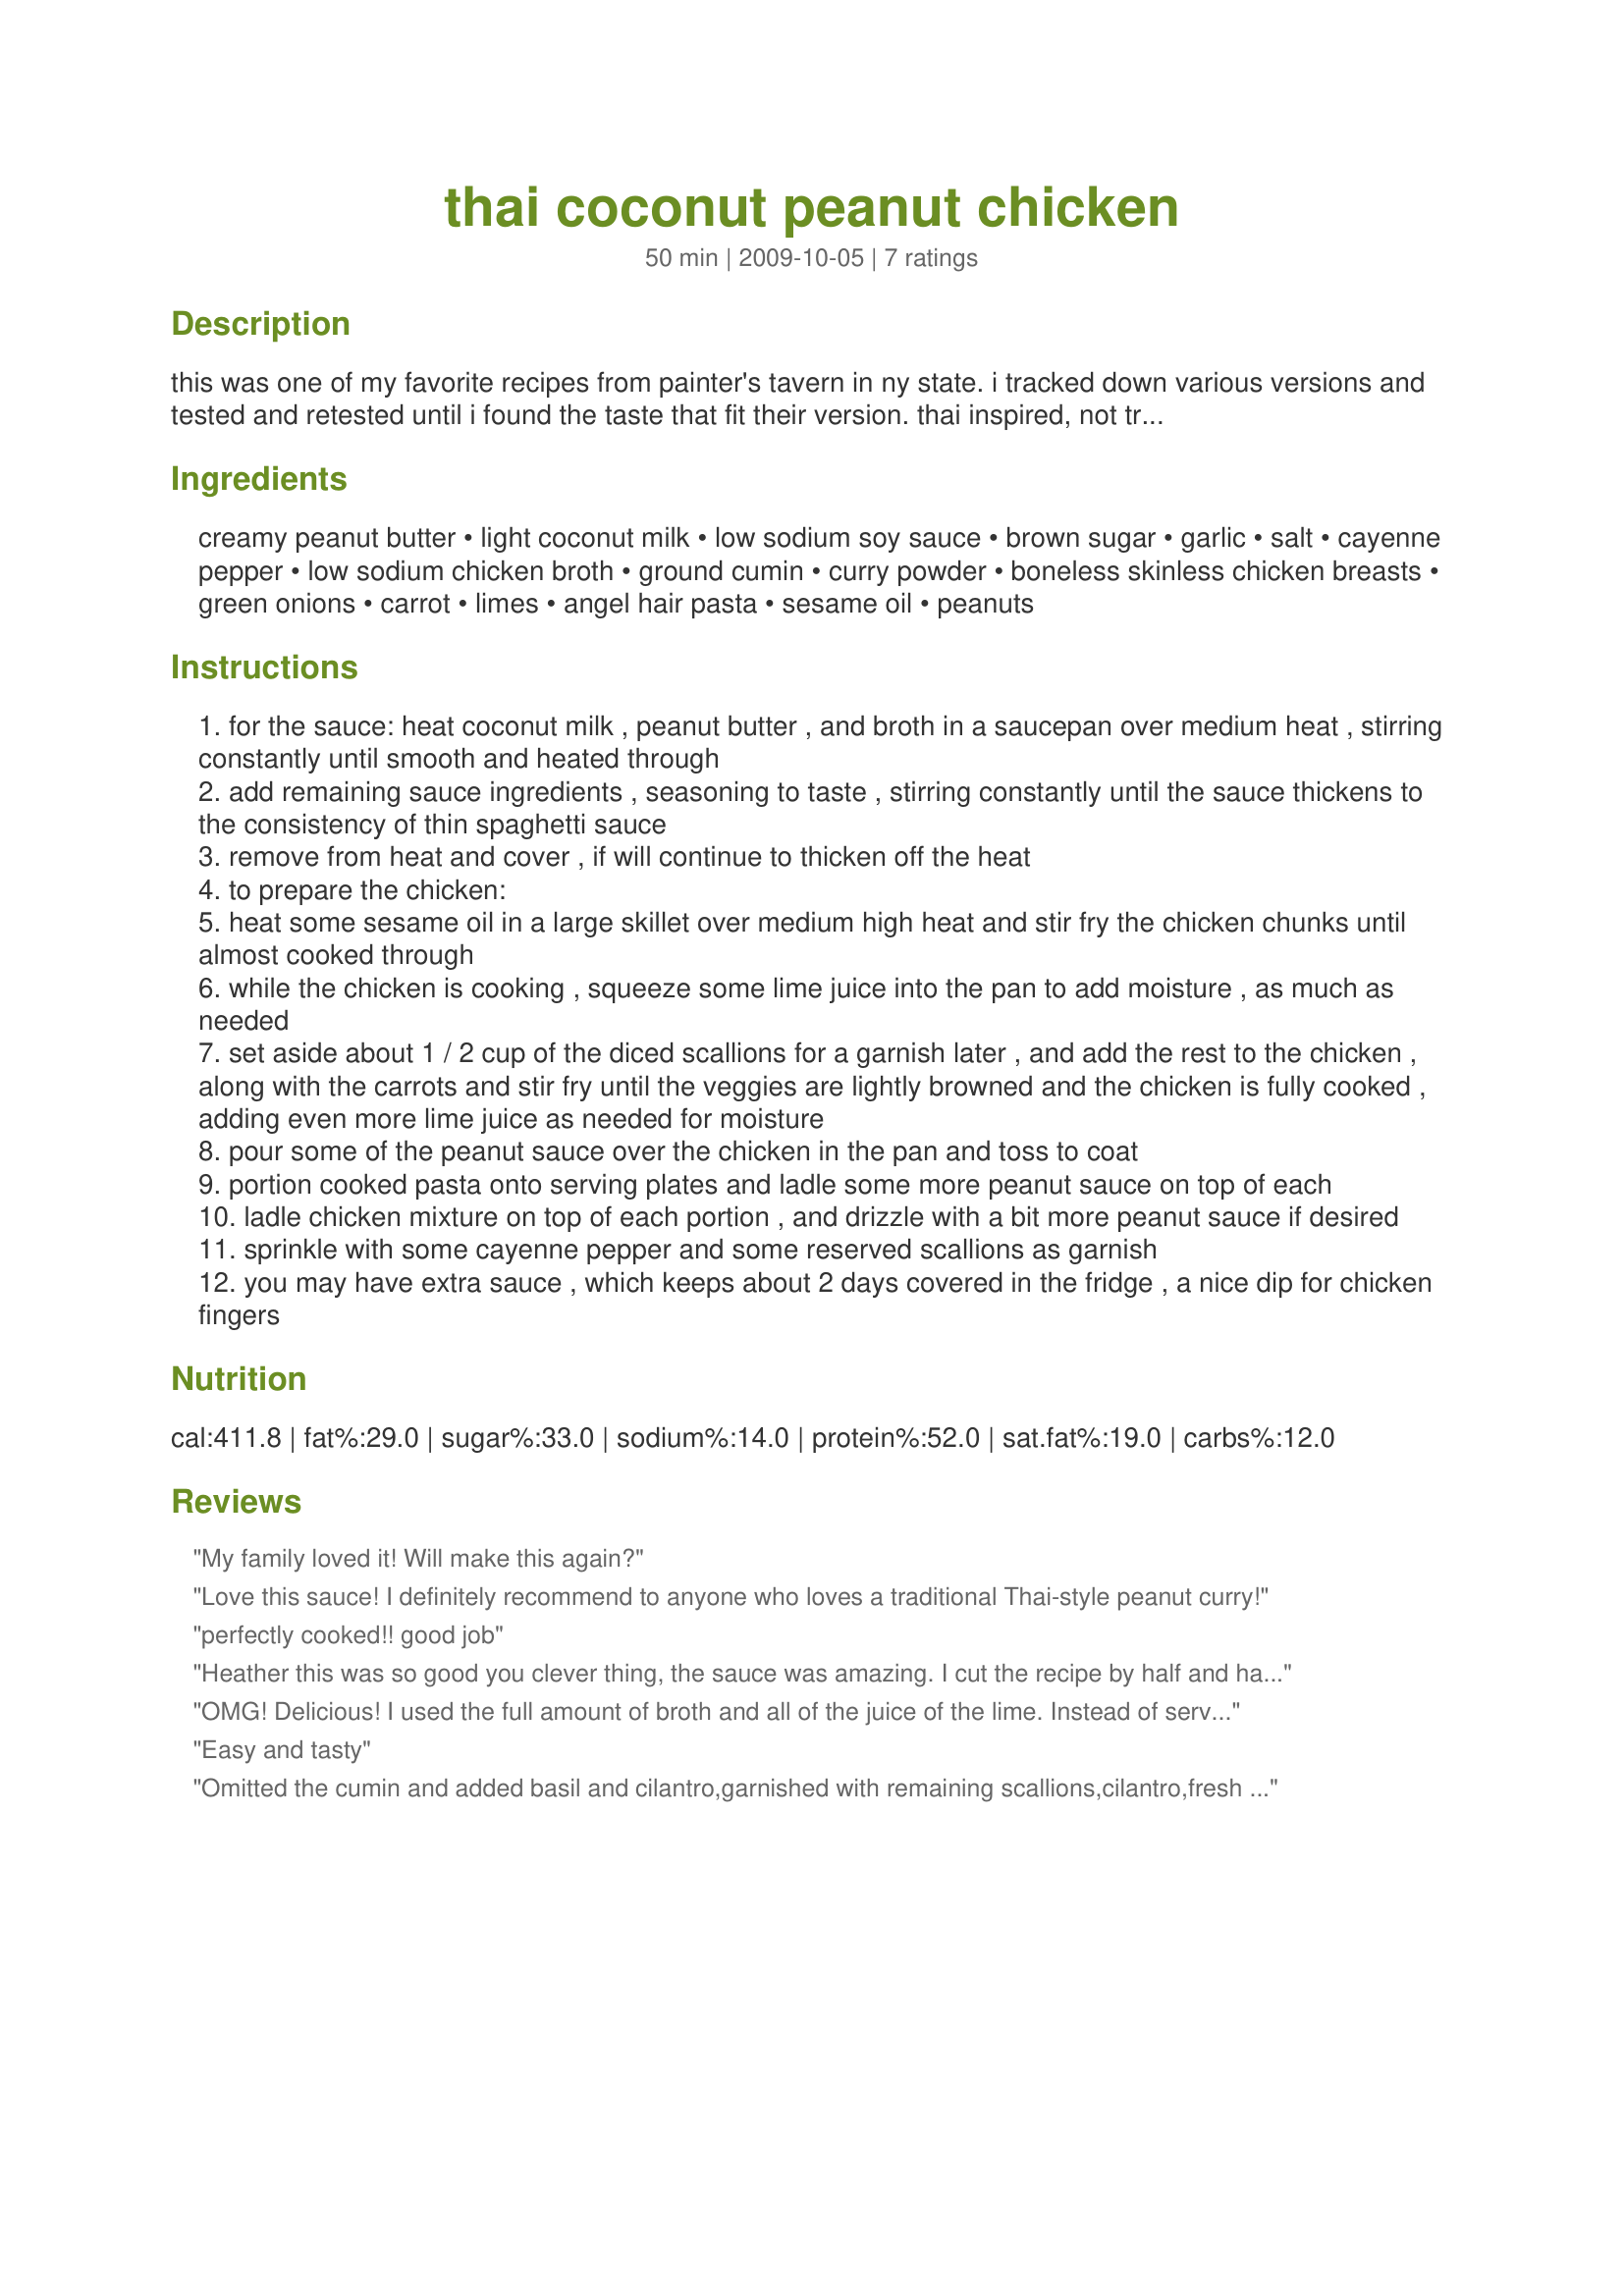
thai coconut peanut chicken
Preparation time: 50 minutes

this was one of my favorite recipes from painter's tavern in ny state. i tracked down various versions and tested and retested until i found the taste that fit their version. thai inspired, not truly an authentic dish. this makes a lot of sauce - in fact, you may find that you don't need quite the full amount for this recipe. it really depends on how much you like in your finished dish. i usually make the full amount and the next meal i serve the extra portion as a dip for chicken fingers or satay sticks (it also can be used as a chicken marinade). the nutritional data is assuming you are eating all of the sauce with this meal, so bear that in mind.

Ingredients:
creamy peanut butter, light coconut milk, low sodium soy sauce, brown sugar, garlic, salt, cayenne pepper, low sodium chicken broth, ground cumin, curry powder, boneless skinless chicken breasts, green onions, carrot, limes, angel hair pasta, sesame oil, peanuts

Steps:
for the sauce: heat coconut milk , peanut butter , and broth in a saucepan over medium heat , stirring constantly until smooth and heated through
add remaining sauce ingredients , seasoning to taste , stirring constantly until the sauce thickens to the consistency of thin spaghetti sauce
remove from heat and cover , if will continue to thicken off the heat
to prepare the chicken:
heat some sesame oil in a large skillet over medium high heat and stir fry the chicken chunks until almost cooked through
while the chicken is cooking , squeeze some lime juice into the pan to add moisture , as much as needed
set aside about 1 / 2 cup of the diced scallions for a garnish later , and add the rest to the chicken , along with the carrots and stir fry until the veggies are lightly browned and the chicken is fully cooked , adding even more lime juice as needed for moisture
pour some of the peanut sauce over the chicken in the pan and toss to coat
portion cooked pasta onto serving plates and ladle some more peanut sauce on top of each
ladle chicken mixture on top of each portion , and drizzle with a bit more peanut sauce if desired
sprinkle with some cayenne pepper and some reserved scallions as garnish
you may have extra sauce , which keeps about 2 days covered in the fridge , a nice dip for chicken fingers

Reviews:
My family loved it! Will make this again?
Love this sauce! I definitely recommend to anyone who loves a traditional Thai-style peanut curry!
perfectly cooked!! good job
Heather this was so good you clever thing, the sauce was amazing. I cut the recipe by half and had it with brown rice rather than the pasta, that was my only change. I made the sauce in the morning and did my prep for the rest of the recipe and finished it off when I came home from work and dinner was on the table in no time. All the flavours mingled well together and I used madras curry powder so it was quite hot witch was good that's how we like it. Next time I will get some wholemeal noodles and make it like you intended but ether way it is a recipe that I think we will be making lots as it was very good and well worth the 5 stars and more.
OMG! Delicious! I used the full amount of broth and all of the juice of the lime. Instead of serving over pasta I used a brown basmati rice. It paired perfectly. I also went ahead and just mixed the chicken, carrots and green onions into the sauce once it was done. It made serving much simpler and eliminated guessing re the division of the sauce for servings. This dish will most definitely be making regular appearances on our table. An additional plus is the ease in which this dish comes together. Thanks for such a great meal!
Easy and tasty
Omitted the cumin and added basil and cilantro,garnished with remaining scallions,cilantro,fresh lime,crushed cashews and Siracha.Served atop rice noodles.Awesome!
